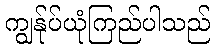
ကျွန်ုပ်ယုံကြည်ပါသည်